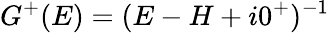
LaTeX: G^{+}(E)=(E-H+i0^{+})^{-1}